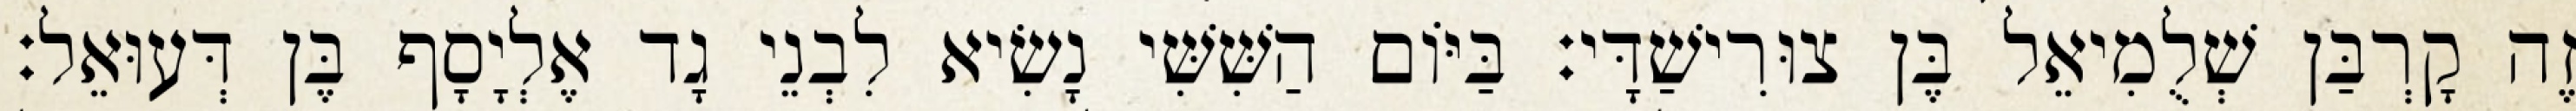
זֶה קָרְבַּן שְׁלֻמִיאֵל בֶּן צוּרִישַׁדָּי׃ בַּיּוֹם הַשִּׁשִּׁי נָשִׂיא לִבְנֵי גָד אֶלְיָסָף בֶּן דְּעוּאֵל׃